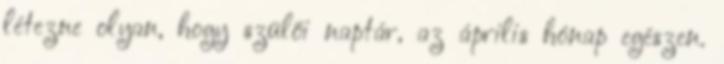
létezne olyan, hogy szülői naptár, az április hónap egészen.